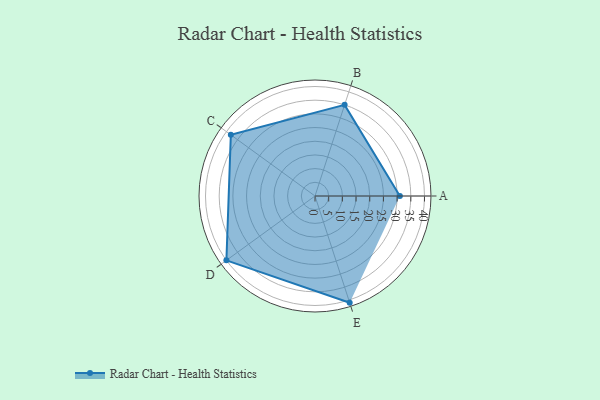
{"axis": {"x": "Skill", "y": "Score"}, "legend": ["Profile"], "data": [{"x": "A", "y": 31.0, "type": "Profile"}, {"x": "B", "y": 35.0, "type": "Profile"}, {"x": "C", "y": 38.0, "type": "Profile"}, {"x": "D", "y": 40.0, "type": "Profile"}, {"x": "E", "y": 41.0, "type": "Profile"}]}